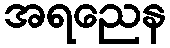
အရညေန